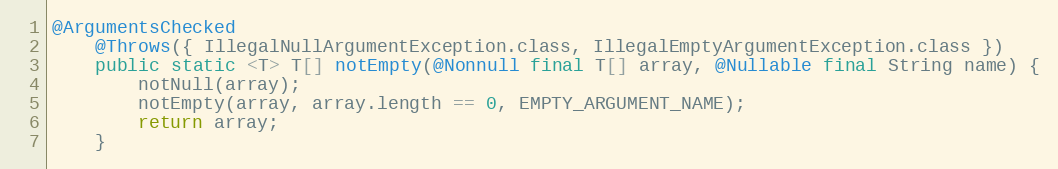
Language: Java
@ArgumentsChecked
	@Throws({ IllegalNullArgumentException.class, IllegalEmptyArgumentException.class })
	public static <T> T[] notEmpty(@Nonnull final T[] array, @Nullable final String name) {
		notNull(array);
		notEmpty(array, array.length == 0, EMPTY_ARGUMENT_NAME);
		return array;
	}